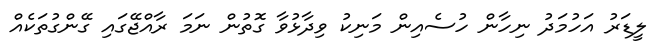
ލީޑަރު އަހުމަދު ނިހާން ހުސެއިން މަނިކު ވިދާޅުވާ ގޮތުން ނަމަ ރާއްޖޭގައި ގޭންގުތަކެއް